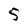
Character: 5